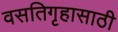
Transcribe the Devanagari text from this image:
वसतिगृहासाठी